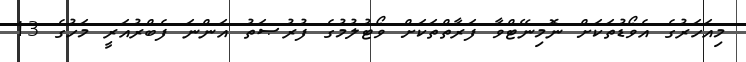
މިއަހަރުގެ އެވޯޑުތަކަށް ނޮމިނޭޓްވާ ފަރާތްތަކަށް ވޯޓުލުމުގެ ފުރުޞަތު އަންނަ ފެބްރުއަރީ މަހުގެ 13